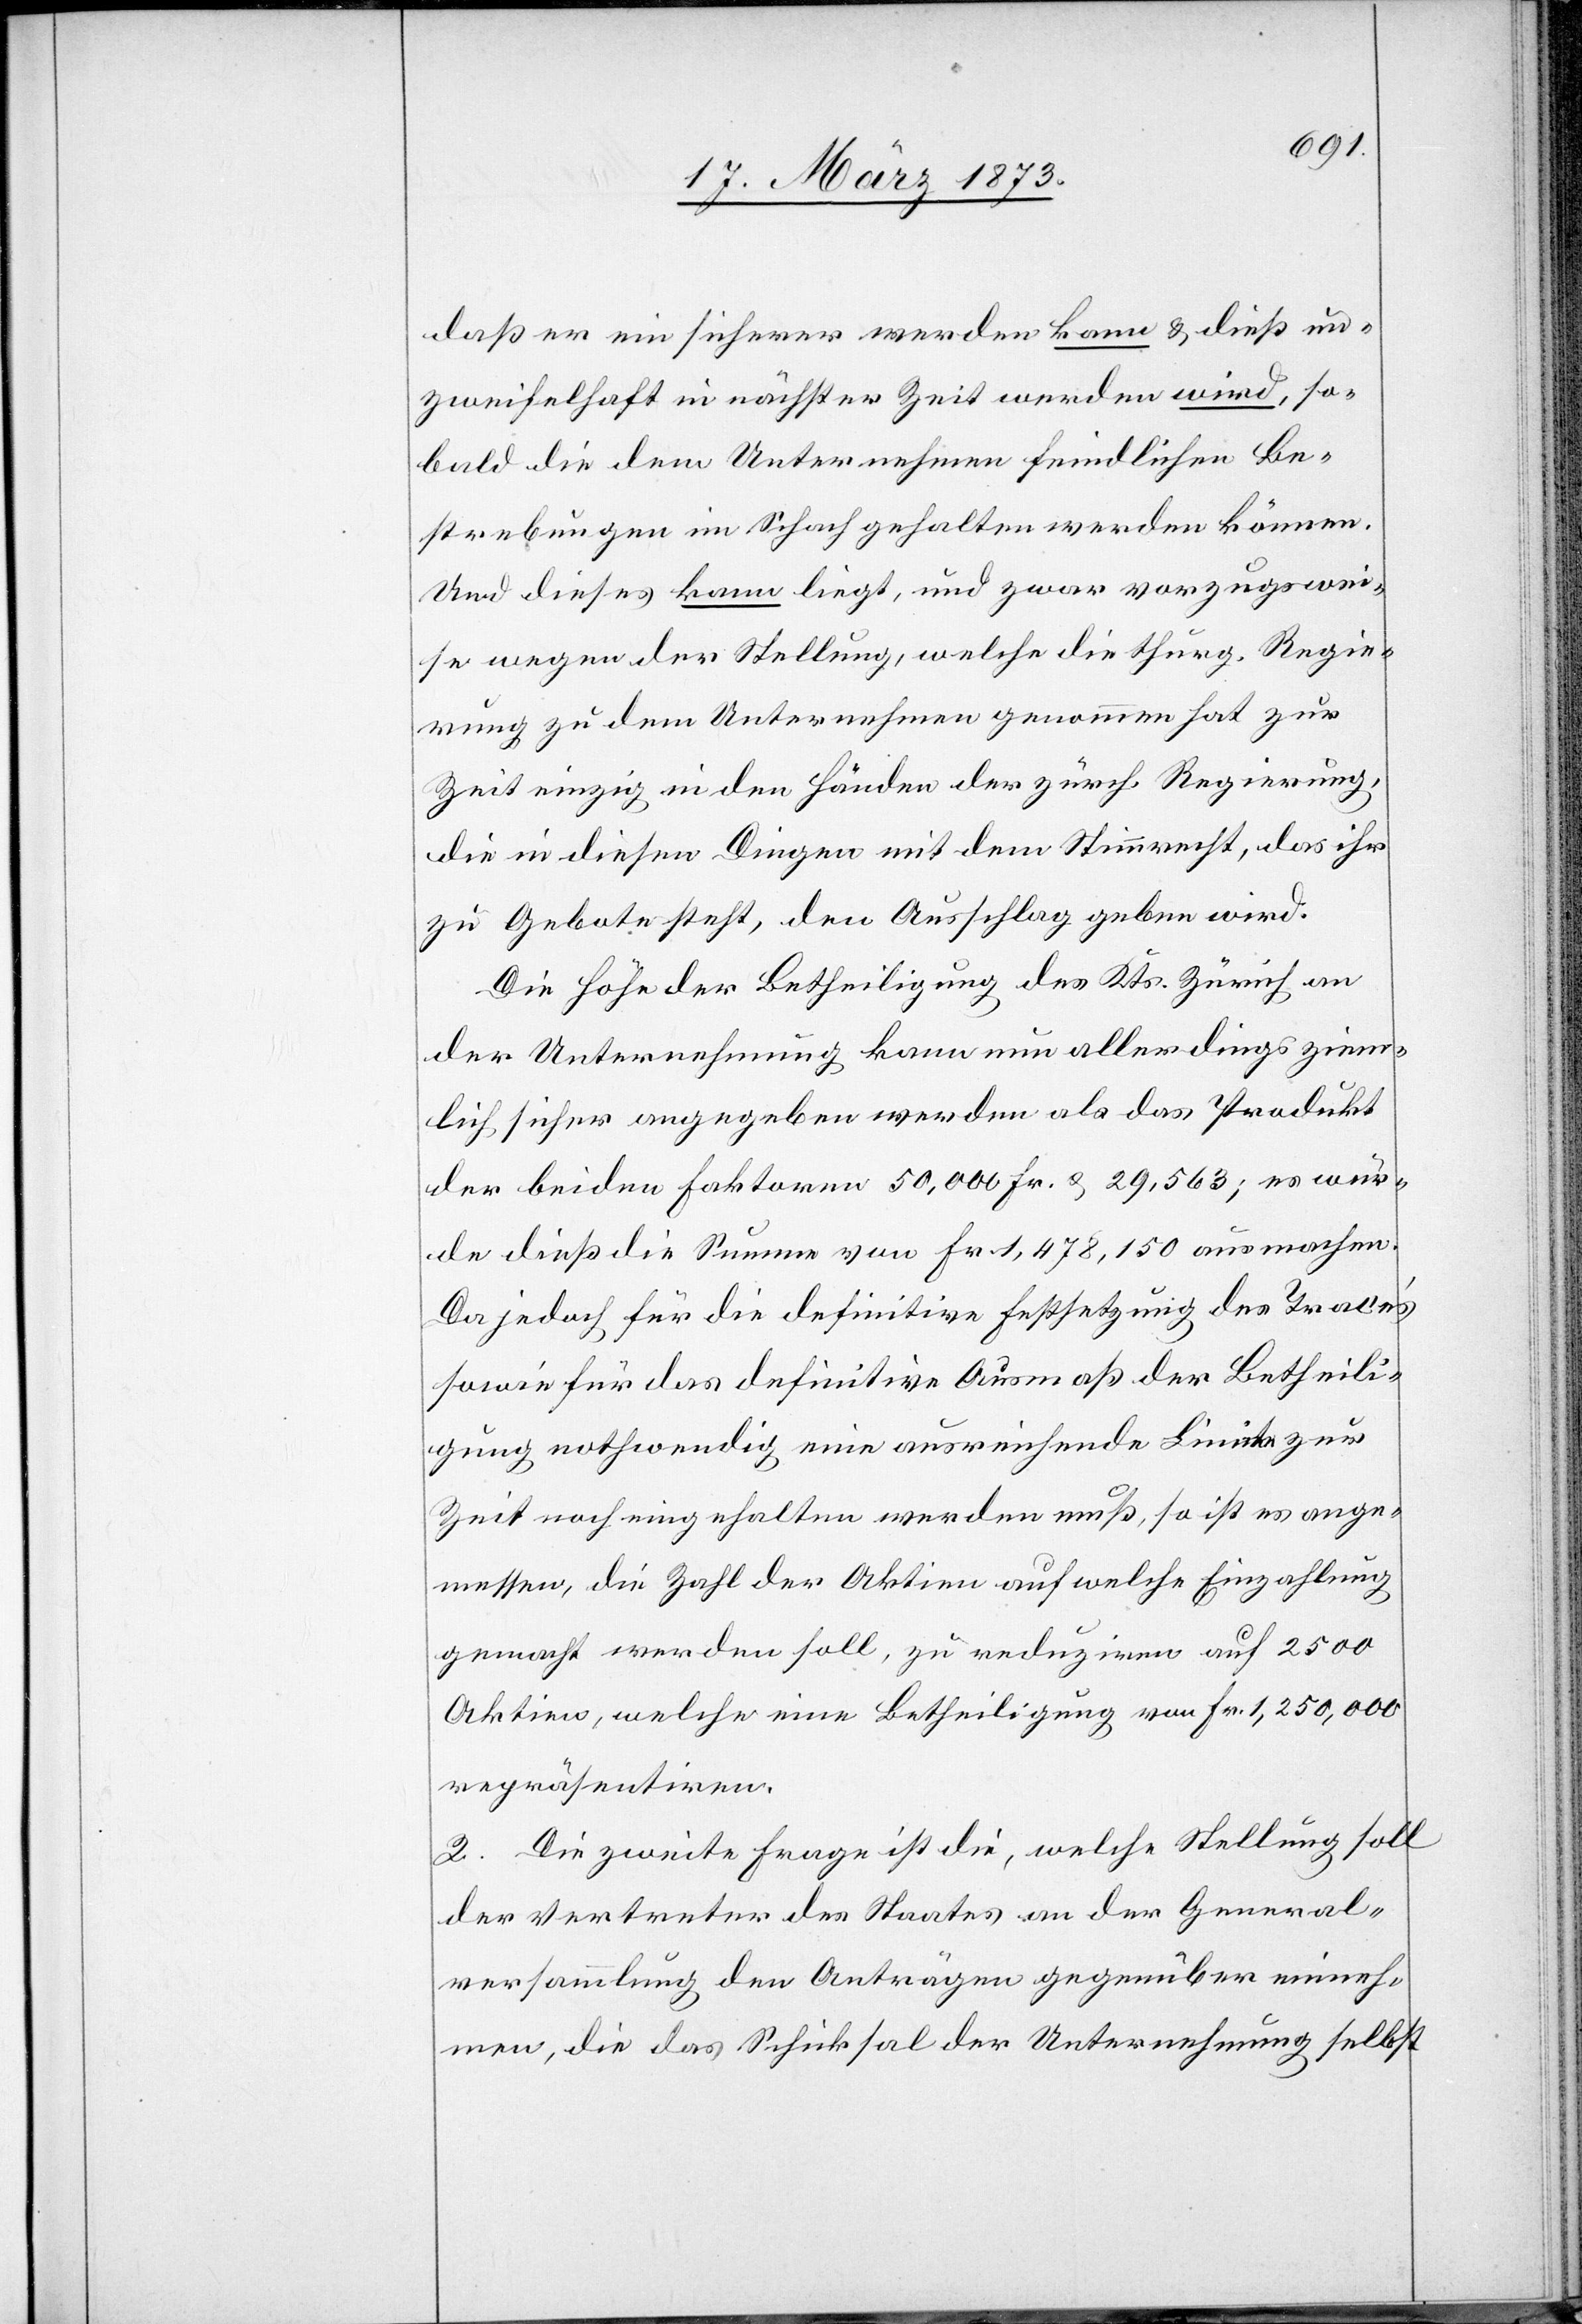
daß er ein sicherer werden kann u. dieß un¬
zweifelhaft in nächster Zeit werden wird, so¬
bald die dem Unternehmen feindlichen Be¬
strebungen im Schach gehalten werden können.
Und dieses kann liegt, und zwar vorzugswei¬
se wegen der Stellung, welche die thurg. Regie¬
rung zu dem Unternehmen genommen hat[,] zur
Zeit einzig in den Händen der zürch. Regierung,
die in diesen Dingen mit dem Stimmrecht, das ihr
zu Gebote steht, den Ausschlag geben wird.
Die Höhe der Betheiligung des Kts. Zürich an
der Unternehmung kann nun allerdings ziem¬
lich sicher angegeben werden als das Produkt
der beiden Faktoren 50,000 Fr. u. 29,563; es wür¬
de dieß die Summe von Fr. 1,478.150 ausmachen.
Da jedoch für die definitive Festsetzung des Trace’s
sowie für das definitive Ausmaß der Betheili¬
gung nothwendig eine ausreichende Limite zur
Zeit noch eingehalten werden muß, so ist es ange¬
messen, die Zahl der Aktien auf welche Einzahlung
gemacht werden soll, zu reduziren auf 2500
Aktien, welche eine Betheiligung von Fr. 1,250,000
repräsentiren.
2. Die zweite Frage ist die, welche Stellung soll
der Vertreter des Staates an der General¬
versammlung den Anträgen gegenüber einneh¬
men, die das Schicksal der Unternehmung selbst